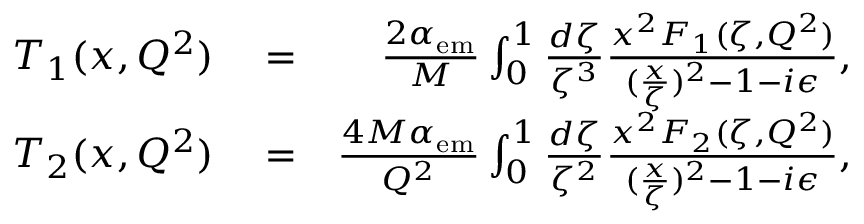
\begin{array} { r l r } { T _ { 1 } ( x , Q ^ { 2 } ) } & { { } = } & { \frac { 2 \alpha _ { \mathrm { e m } } } { M } \int _ { 0 } ^ { 1 } \frac { d \zeta } { \zeta ^ { 3 } } \frac { x ^ { 2 } F _ { 1 } ( \zeta , Q ^ { 2 } ) } { ( \frac { x } { \zeta } ) ^ { 2 } - 1 - i \epsilon } , } \\ { T _ { 2 } ( x , Q ^ { 2 } ) } & { { } = } & { \frac { 4 M \alpha _ { \mathrm { e m } } } { Q ^ { 2 } } \int _ { 0 } ^ { 1 } \frac { d \zeta } { \zeta ^ { 2 } } \frac { x ^ { 2 } F _ { 2 } ( \zeta , Q ^ { 2 } ) } { ( \frac { x } { \zeta } ) ^ { 2 } - 1 - i \epsilon } , } \end{array}